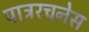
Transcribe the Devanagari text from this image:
पात्ररचनेस